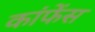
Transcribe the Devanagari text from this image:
कांफेंस